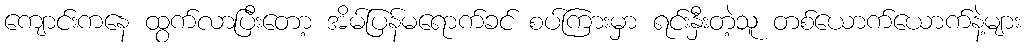
ကျောင်းကနေ ထွက်လာပြီးတော့ အိမ်ပြန်မရောက်ခင် စပ်ကြားမှာ ရင်းနှီးတဲ့သူ တစ်ယောက်ယောက်နဲ့များ